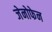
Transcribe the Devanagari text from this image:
जेनोफेन